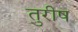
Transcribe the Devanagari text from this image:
तुरीष